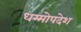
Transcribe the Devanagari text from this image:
धम्मोपदेश